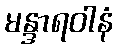
မန္ဒာရဝါနံ